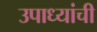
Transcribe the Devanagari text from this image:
उपाध्यांची